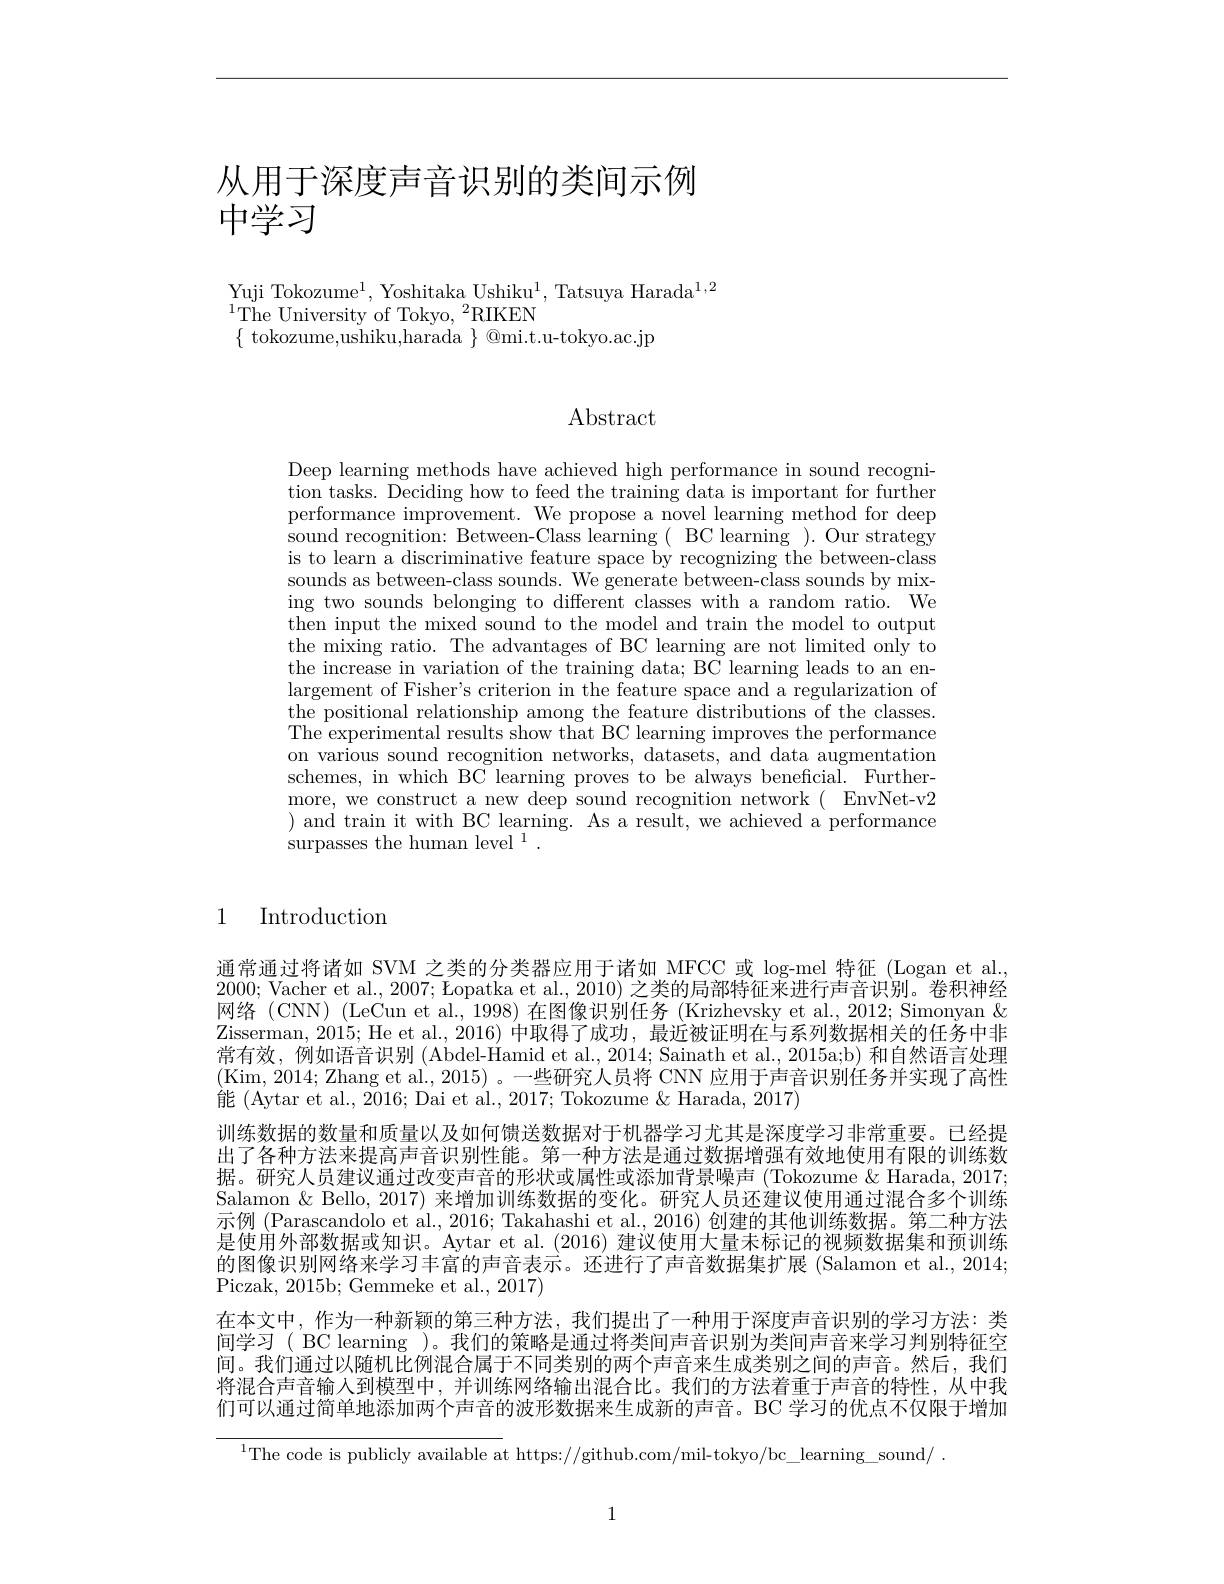
# 从用于深度声音识别的类间示例中学习

Yuji Tokozume$^1$, Yoshitaka Ushiku$^1$, Tatsuya Harada$^1,2$
$^{1}$The University of Tokyo, $^2$RIKEN
$\{$ tokozume,ushiku,harada $\}$ @mi.t.u-tokyo.ac.jp

Abstract

Deep learning methods have achieved high performance in sound recognition tasks. Deciding how to feed the training data is important for further performance improvement. We propose a novel learning method for deep sound recognition: Between-Class learning( BC learning ). Our strategy is to learn a discriminative feature space by recognizing the between-class sounds as between-class sounds. We generate between-class sounds by mixing two sounds belonging to different classes with a random ratio. We $\bar{\text{then input the mixed sound to the model and train the model to output}}$ the mixing ratio. The advantages of BC learning are not limited only to the increase in variation of the training data; BC learning leads to an enlargement of Fisher's criterion in the feature space and a regularization of the positional relationship among the feature distributions of the classes. The experimental results show that BC learning improves the performance on various sound recognition networks, datasets, and data augmentation schemes, in which BC learning proves to be always beneficial. Furthermore, we construct a new deep sound recognition network( EnvNet-v2 ) and train it with BC learning. As a result, we achieved a performance surpasses the human level $^1.$

1 Introduction

通常通过将诸如 SVM 之类的分类器应用于诸如 MFCC 或 log-mel 特征 (Logan et al. 2000; Vacher et al., 2007; Lopatka et al., 2010) 之类的局部特征来进行声音识别。卷积神经网络 (CNN) (LeCun et al., 1998) 在图像识别任务 (Krizhevsky et al., 2012; Simonyan & Zisserman, 2015; He et al., 2016) 中取得了成功，最近被证明在与系列数据相关的任务中非常有效，例如语音识别 (Abdel-Hamid et al., 2014; Sainath et al., 2015a;b) 和自然语言处理(Kim, 2014; Zhang et al., 2015)。一些研究人员将 CNN 应用于声音识别任务并实现了高性能 (Aytar et al., 2016; Dai et al., 2017; Tokozume & Harada, 2017)
训练数据的数量和质量以及如何馈送数据对于机器学习尤其是深度学习非常重要。已经提出了各种方法来提高声音识别性能。第一种方法是通过数据增强有效地使用有限的训练数据。研究人员建议通过改变声音的形状或属性或添加背景噪声 (Tokozume & Harada, 2017; Salamon & Bello, 2017) 来增加训练数据的变化。研究人员还建议使用通过混合多个训练示例 (Parascandolo et al., 2016; Takahashi et al., 2016) 创建的其他训练数据。第二种方法是使用外部数据或知识。Aytar et al. (2016) 建议使用大量未标记的视频数据集和预训练的图像识别网络来学习丰富的声音表示。还进行了声音数据集扩展(Salamon et al., 2014; Piczak, 2015b; Gemmeke et al., 2017)
在本文中，作为一种新颖的第三种方法，我们提出了一种用于深度声音识别的学习方法：类间学习( BC learning )。我们的策略是通过将类间声音识别为类间声音来学习判别特征空间。我们通过以随机比例混合属于不同类别的两个声音来生成类别之间的声音。然后，我们将混合声音输入到模型中，并训练网络输出混合比。我们的方法着重于声音的特性，从中我们可以通过简单地添加两个声音的波形数据来生成新的声音。BC 学习的优点不仅限于增加

$^{1}$The code is publicly available at https://github.com/mil-tokyo/bc\_learning\_sound/

1